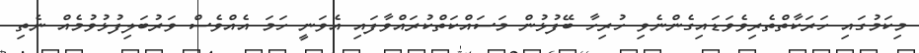
މިކަމުގައި ހަރަކާތްތެރިވެވަޑައިގެންނެވި ހުރިހާ ބޭފުޅުން މަސައްކަތްކުރައްވާފައި އެވަނީ ހަމަ އެއްވެސް ވަރުބަލިފުޅުވުމެއް ނެތި